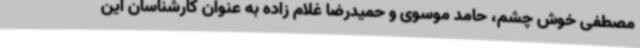
مصطفی خوش چشم، حامد موسوی و حمیدرضا غلام زاده به عنوان کارشناسان این